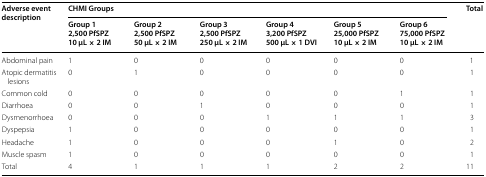
<table><thead><tr><td rowspan="2"><b>Adverse event description</b></td><td colspan="6"><b>CHMI Groups</b></td><td rowspan="2"><b>Total</b></td></tr><tr><td><b>Group 12,500 PfSPZ 10 μL × 2 IM</b></td><td><b>Group 22,500 PfSPZ 50 μL × 2 IM</b></td><td><b>Group 32,500 PfSPZ 250 μL × 2 IM</b></td><td><b>Group 43,200 PfSPZ 500 μL × 1 DVI</b></td><td><b>Group 525,000 PfSPZ 10 μL × 2 IM</b></td><td><b>Group 675,000 PfSPZ 10 μL × 2 IM</b></td></tr></thead><tbody><tr><td>Abdominal pain</td><td>1</td><td>0</td><td>0</td><td>0</td><td>0</td><td>0</td><td>1</td></tr><tr><td>Atopic dermatitis lesions</td><td>0</td><td>1</td><td>0</td><td>0</td><td>0</td><td>0</td><td>1</td></tr><tr><td>Common cold</td><td>0</td><td>0</td><td>0</td><td>0</td><td>0</td><td>1</td><td>1</td></tr><tr><td>Diarrhoea</td><td>0</td><td>0</td><td>1</td><td>0</td><td>0</td><td>0</td><td>1</td></tr><tr><td>Dysmenorrhoea</td><td>0</td><td>0</td><td>0</td><td>1</td><td>1</td><td>1</td><td>3</td></tr><tr><td>Dyspepsia</td><td>1</td><td>0</td><td>0</td><td>0</td><td>0</td><td>0</td><td>1</td></tr><tr><td>Headache</td><td>1</td><td>0</td><td>0</td><td>0</td><td>1</td><td>0</td><td>2</td></tr><tr><td>Muscle spasm</td><td>1</td><td>0</td><td>0</td><td>0</td><td>0</td><td>0</td><td>1</td></tr><tr><td>Total</td><td>4</td><td>1</td><td>1</td><td>1</td><td>2</td><td>2</td><td>11</td></tr></tbody></table>